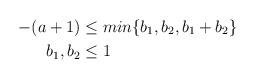
LaTeX: \begin{align*}-(a+1)&\leq min\{b_1,b_2,b_1+b_2\}\\b_1,b_2&\leq 1\end{align*}